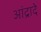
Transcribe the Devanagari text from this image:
आंद्रादे